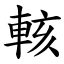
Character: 輆